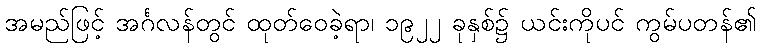
အမည်ဖြင့် အင်္ဂလန်တွင် ထုတ်ဝေခဲ့ရာ၊ ၁၉၂၂ ခုနှစ်၌ ယင်းကိုပင် ကွမ်ပတန်၏